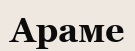
Араме